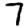
Digit: 7